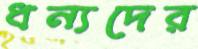
ধন্যদের